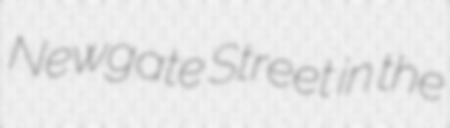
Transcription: Newgate Street in the